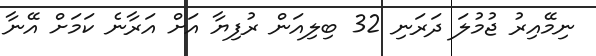
ނިމޭއިރު ޖުމުލަ ދަރަނި 32 ބިލިއަން ރުފިޔާ އަށް އަރާނެ ކަމަށް އޭނާ